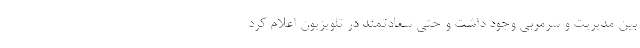
بین مدیریت و سرمربی وجود داشت و حتی سعادتمند در تلویزیون اعلام کرد